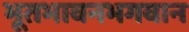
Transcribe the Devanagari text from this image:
भूतभावनभगवान